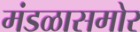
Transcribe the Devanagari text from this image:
मंडळासमोर